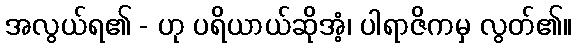
အလွယ်ရ၏ - ဟု ပရိယာယ်ဆိုအံ့၊ ပါရာဇိကမှ လွတ်၏။